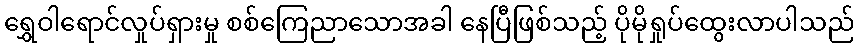
ရွှေဝါရောင်လှုပ်ရှားမှု စစ်ကြေညာသောအခါ နေပြီဖြစ်သည့် ပိုမိုရှုပ်ထွေးလာပါသည်